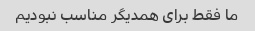
ما فقط برای همدیگر مناسب نبودیم